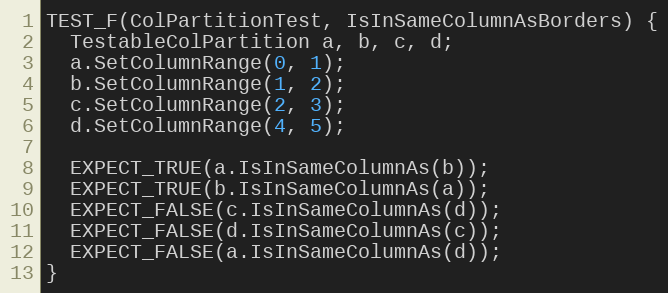
Language: C++
TEST_F(ColPartitionTest, IsInSameColumnAsBorders) {
  TestableColPartition a, b, c, d;
  a.SetColumnRange(0, 1);
  b.SetColumnRange(1, 2);
  c.SetColumnRange(2, 3);
  d.SetColumnRange(4, 5);

  EXPECT_TRUE(a.IsInSameColumnAs(b));
  EXPECT_TRUE(b.IsInSameColumnAs(a));
  EXPECT_FALSE(c.IsInSameColumnAs(d));
  EXPECT_FALSE(d.IsInSameColumnAs(c));
  EXPECT_FALSE(a.IsInSameColumnAs(d));
}